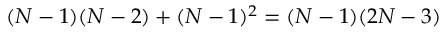
( N - 1 ) ( N - 2 ) + ( N - 1 ) ^ { 2 } = ( N - 1 ) ( 2 N - 3 )